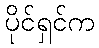
ပိုင်ရှင်က